Lunatic asylums in Bengal annual reports 1912-1924 - 1912-1924
Year: 1912
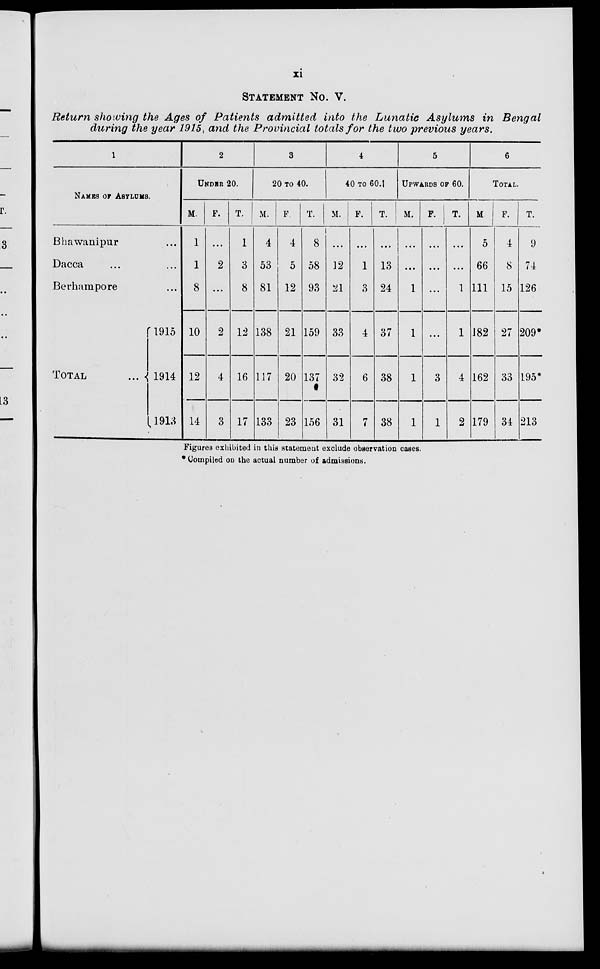
xi
STATEMENT No. V.
Return showing the Ages of Patients admitted into the Lunatic Asylums in Bengal
during the year 1915, and the Provincial totals for the two previous years.
1
NAMES OF ASYLUMS.
Bhawanipur ...
Dacca ... ...
Berhampore ...
TOTAL
...
1915
1914
1913
2
UNDER 20.
M.
1
1
8
10
12
14
F.
...
2
...
2
4
3
T.
1
3
8
12
16
17
3
20 TO 40.
M.
4
53
81
138
117
133
F.
4
5
12
21
20
23
T.
8
58
93
159
137
156
4
40 TO 60.
M.
...
12
21
33
32
31
F.
...
1
3
4
6
7
T.
...
13
24
37
38
38
5
UPWARDS OF 60.
M.
...
...
1
1
1
1
F.
...
...
...
...
3
1
T.
...
...
1
1
4
2
6
TOTAL.
M.
5
66
111
182
162
179
F.
4
8
15
27
33
34
T.
9
74
126
209*
195*
213
Figures exhibited in this statement exclude observation cases.
Compiled on the actual number of admissions.